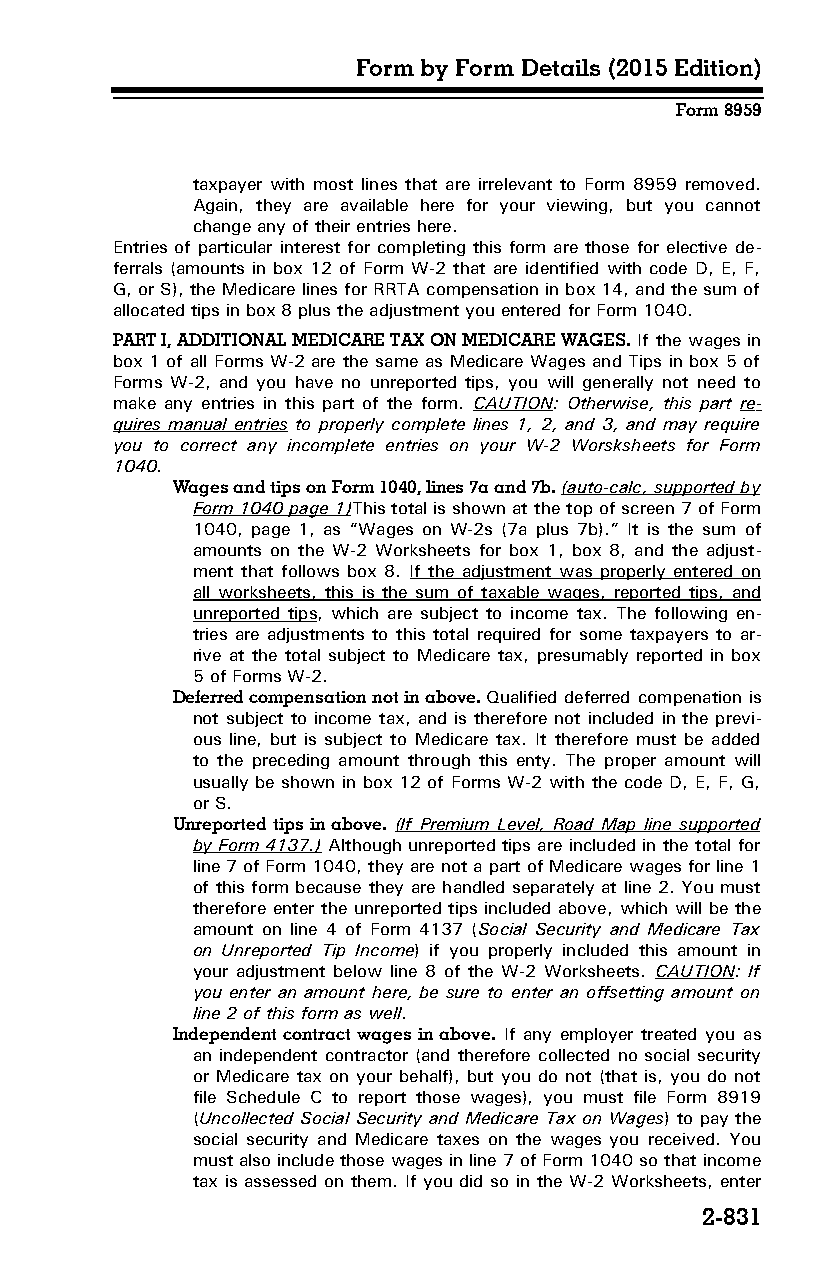
Form by Form Details (2015 Edition)
 Form 8959
 taxpayer with most lines that are irrelevant to Form 8959 removed.
 Again, they are available here for your viewing, but you cannot
 change any of their entries here.
 Entries of particular interest for completing this form are those for elective de­
 ferrals (amounts in box 12 of Form W-2 that are identified with code D, E, F,
 G, or S), the Medicare lines for RRTA compensation in box 14, and the sum of
 allocated tips in box 8 plus the adjustment you entered for Form 1040.
 PART I, ADDITIONAL MEDICARE TAX ON MEDICARE WAGES. If the wages in
 box 1 of all Forms W-2 are the same as Medicare Wages and Tips in box 5 of
 Forms W-2, and you have no unreported tips, you will generally not need to
 make any entries in this part of the form. CAUTION: Otherwise, this part re­
 quires manual entries to properly complete lines 1, 2, and 3, and may require
 you to correct any incomplete entries on your W-2 Worsksheets for Form
 1040.
 Wages and tips on Form 1040, lines 7a and 7b. (auto-calc, supported by
 Form 1040 page 1)This total is shown at the top of screen 7 of Form
 1040, page 1, as “Wages on W-2s (7a plus 7b).” It is the sum of
 amounts on the W-2 Worksheets for box 1, box 8, and the adjust­
 ment that follows box 8. If the adjustment was properly entered on
 all worksheets, this is the sum of taxable wages, reported tips, and
 unreported tips, which are subject to income tax. The following en­
 tries are adjustments to this total required for some taxpayers to ar­
 rive at the total subject to Medicare tax, presumably reported in box
 5 of Forms W-2.
 Deferred compensation not in above. Qualified deferred compenation is
 not subject to income tax, and is therefore not included in the previ­
 ous line, but is subject to Medicare tax. It therefore must be added
 to the preceding amount through this enty. The proper amount will
 usually be shown in box 12 of Forms W-2 with the code D, E, F, G,
 or S.
 Unreported tips in above. (If Premium Level, Road Map line supported
 by Form 4137.) Although unreported tips are included in the total for
 line 7 of Form 1040, they are not a part of Medicare wages for line 1
 of this form because they are handled separately at line 2. You must
 therefore enter the unreported tips included above, which will be the
 amount on line 4 of Form 4137 (Social Security and Medicare Tax
 on Unreported Tip Income) if you properly included this amount in
 your adjustment below line 8 of the W-2 Worksheets. CAUTION: If
 you enter an amount here, be sure to enter an offsetting amount on
 line 2 of this form as well.
 Independent contract wages in above. If any employer treated you as
 an independent contractor (and therefore collected no social security
 or Medicare tax on your behalf), but you do not (that is, you do not
 file Schedule C to report those wages), you must file Form 8919
 (Uncollected Social Security and Medicare Tax on Wages) to pay the
 social security and Medicare taxes on the wages you received. You
 must also include those wages in line 7 of Form 1040 so that income
 tax is assessed on them. If you did so in the W-2 Worksheets, enter
 2-831